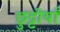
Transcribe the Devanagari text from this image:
छुट्टीयाँ